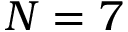
N = 7